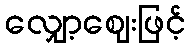
လျှော့ဈေးဖြင့်